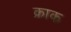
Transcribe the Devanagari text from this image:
क्राक